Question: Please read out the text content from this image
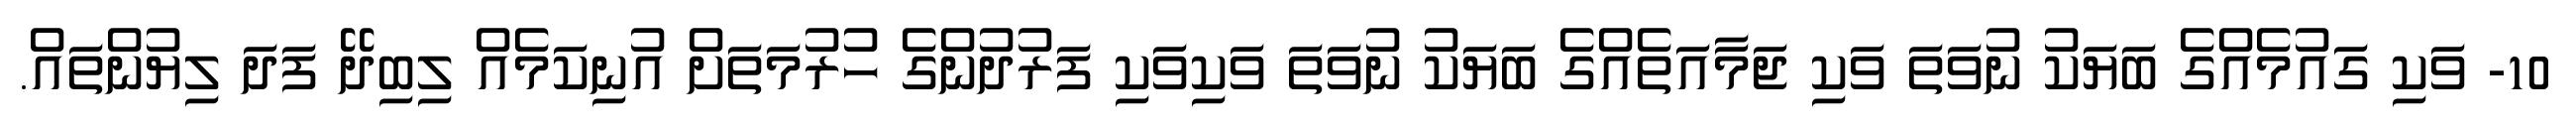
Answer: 10- ވަކި ގައުމެއްގެ ބަޔަކު ނުވަތަ ވަކި ޖަމާއަތެއްގެ ބަޔަކު ނުވަތަ ވަކިވަކި ފަރުދުންގެ ހުރުމަތަށް އުނިކަމެއް ލިބިދޭ ފަދަ ލިޔުންތައް.